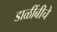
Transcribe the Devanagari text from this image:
डाळींबीचे